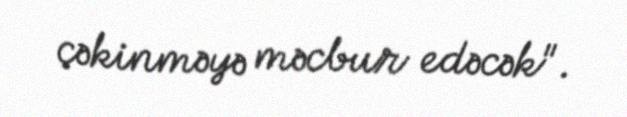
çəkinməyə məcbur edəcək".